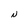
Character: N